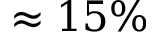
\approx 1 5 \%